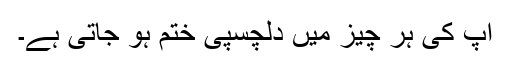
آپ کی ہر چیز میں دلچسپی ختم ہو جاتی ہے۔